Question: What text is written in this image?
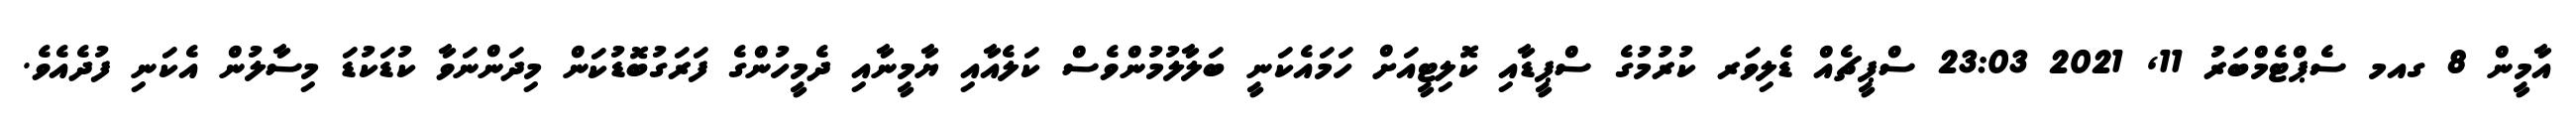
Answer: އާމީން 8 ގއމ ސެޕްޓެމްބަރު 11, 2021 23:03 ސްޕީޗެއް ޑެލިވަރ ކުރުމުގެ ސްޕީޑާއި ކޮލިޓީއަށް ހަމައެކަނީ ބަލާލުމުންވެސް ކަލެއާއި ޔާމީނާއި ދެމީހުންގެ ފަރަގުބޮޑުކަން މިދަންނަވާ ކުޑަކުޑަ މިސާލުން އެކަނި ފުދެއެވެ.